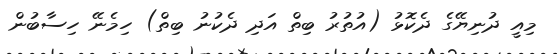
މިއީ ދުނިޔޭގެ ދެކޮޅު (އުތުުރު ބިތް އަދި ދެކުނު ބިތް) ހިމެނޭ ހިސާބުން